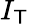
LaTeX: I_{\mathsf{T}}